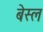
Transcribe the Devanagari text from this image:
बेस्ल